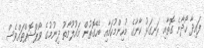
ފައިދާ ހޯދާނެ ގޮތާއި ރަނގަޅު ކާނާގެ މުހިންމުކަމާއި ބެހޭގޮތުން މައުލޫމާތު ދިނުމުގެ ވޯޕްޝޮޕްތައްވެސް